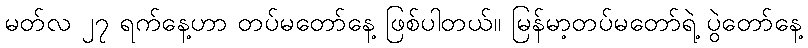
မတ်လ ၂၇ ရက်နေ့ဟာ တပ်မတော်နေ့ ဖြစ်ပါတယ်။ မြန်မာ့တပ်မတော်ရဲ့ ပွဲတော်နေ့